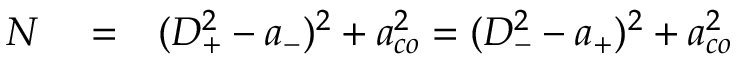
\begin{array} { r l r } { N } & { { } = } & { ( D _ { + } ^ { 2 } - a _ { - } ) ^ { 2 } + a _ { c o } ^ { 2 } = ( D _ { - } ^ { 2 } - a _ { + } ) ^ { 2 } + a _ { c o } ^ { 2 } } \end{array}